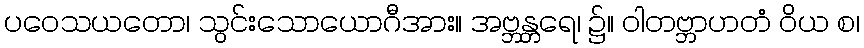
ပဝေသယတော၊ သွင်းသောယောဂီအား။ အဗ္ဘန္တရေ၊ ၌။ ဝါတဗ္ဘာဟတံ ဝိယ စ၊